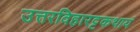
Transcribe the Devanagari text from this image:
उत्तरविहारट्टकथायं